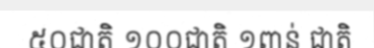
៥០ជាតិ ១០០ជាតិ ១ពាន់ ជាតិ